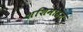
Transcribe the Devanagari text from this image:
शशिमोहन